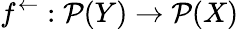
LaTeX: f^{\leftarrow}:{\mathcal{P}}(Y)\rightarrow{\mathcal{P}}(X)